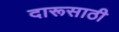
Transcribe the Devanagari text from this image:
दारूसाठी